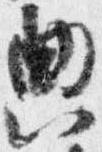
典